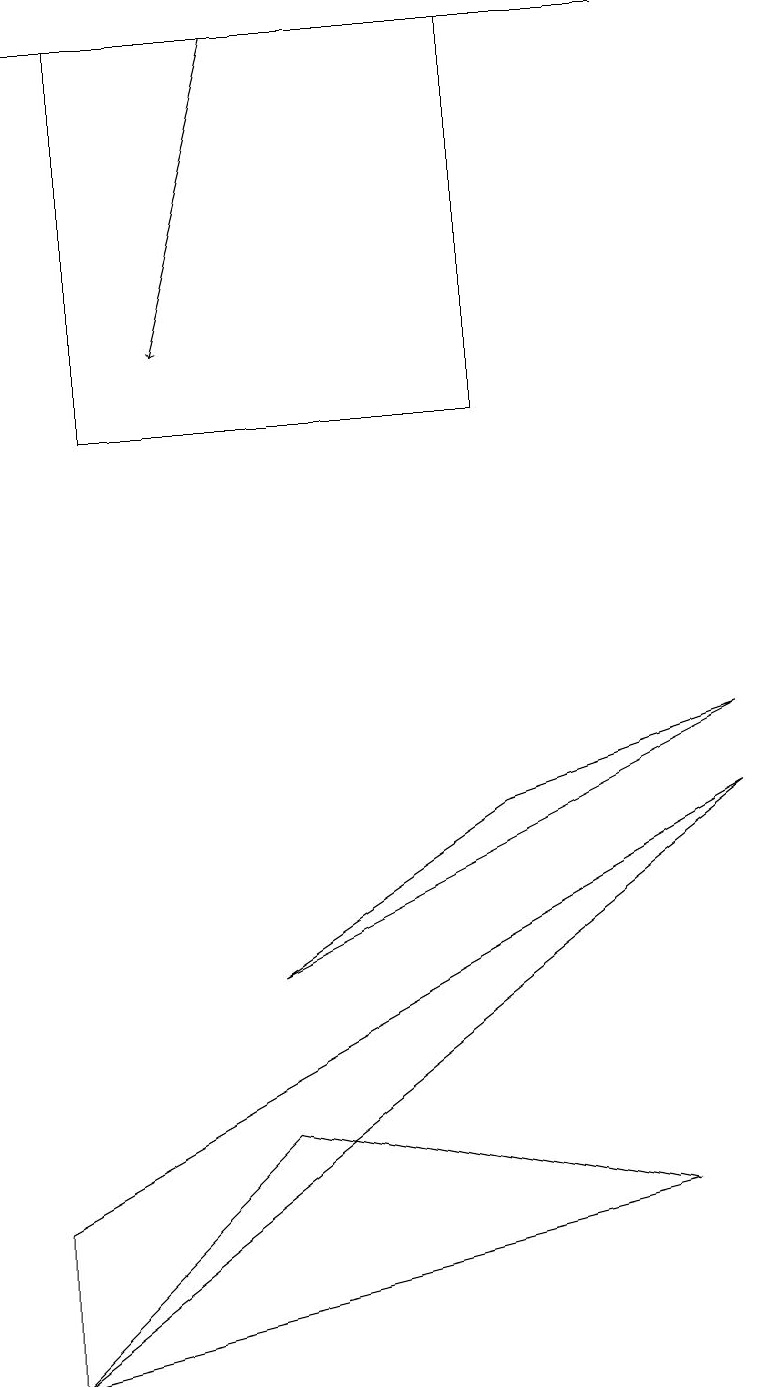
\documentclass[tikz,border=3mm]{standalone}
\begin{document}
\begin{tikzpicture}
\draw (9,9) -- (6,8) -- (3,6) -- cycle;
\draw (6,18) rectangle (1,13);
\draw (0,3) -- (0,1) -- (9,8) -- cycle;
\draw[->] (8,18) -- (0,18);
\draw[->] (3,18) -- (2,14);
\draw (3,4) -- (8,3) -- (0,1) -- cycle;
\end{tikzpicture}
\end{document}